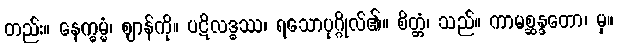
တည်း။ နေက္ခမ္မံ၊ ဈာန်ကို။ ပဋိလဒ္ဓဿ၊ ရသောပုဂ္ဂိုလ်၏။ စိတ္တံ၊ သည်။ ကာမစ္ဆန္ဒတော၊ မှ။